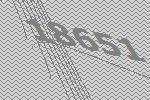
18651